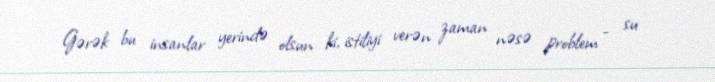
Gərək bu insanlar yerində olsun ki, istiliyi verən zaman nəsə problem - su